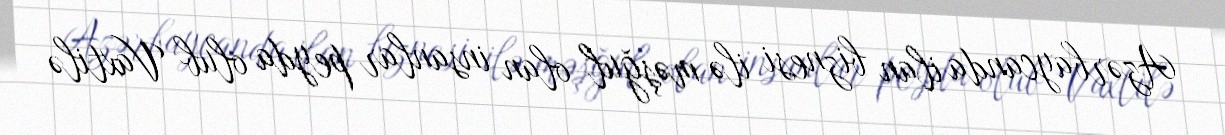
Azərbaycanda ilan biznesi ilə məşğul olan insanlar peyda olub Vaxtilə